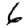
Digit: 6